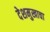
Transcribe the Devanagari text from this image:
देशमुखाचा